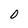
Character: 0